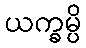
ယက္ခမ္ပိ